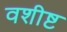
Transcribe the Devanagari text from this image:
वशीष्ट